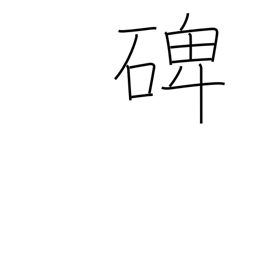
Meaning: tombstone